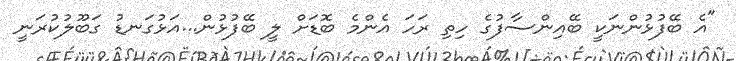
"އެ ބޭފުޅުންނަކީ ބޭއިންސާފުގެ ހިތި ރަހަ އެންމެ ބޮޑަށް ލީ ބޭފުޅުން...އަޅުގަނޑު ގަބޫލުކުރަނީ